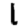
Digit: 1